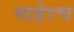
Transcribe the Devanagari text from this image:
माहेरच